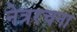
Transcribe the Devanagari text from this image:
नेत्ररचना